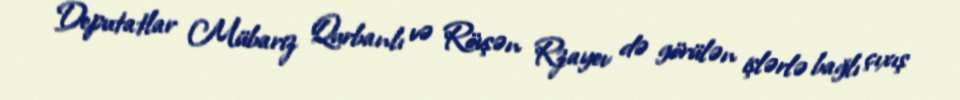
Deputatlar Mübariz Qurbanlı və Rövşən Rzayev də görülən işlərlə bağlı çıxış